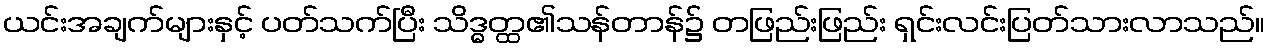
ယင်းအချက်များနှင့် ပတ်သက်ပြီး သိဒ္ဓတ္ထ၏သန်တာန်၌ တဖြည်းဖြည်း ရှင်းလင်းပြတ်သားလာသည်။